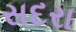
સદરા